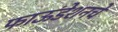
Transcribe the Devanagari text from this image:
फाऊंडेशनचे